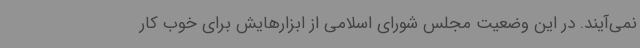
نمی‌آیند. در این وضعیت مجلس شورای اسلامی از ابزارهایش برای خوب کار